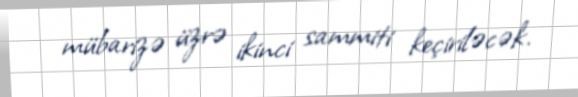
mübarizə üzrə ikinci sammiti keçiriləcək.